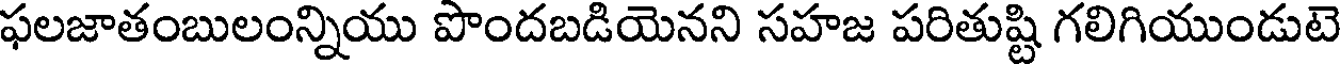
ఫలజాతంబులంన్నియు పొందబడియెనని సహజ పరితుష్టి గలిగియుండుటె